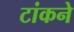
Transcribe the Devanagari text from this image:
टांकने